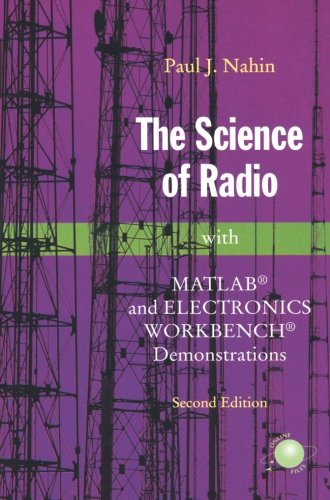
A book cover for The Science of Radio: With MATLAB and Electronics Workbench Demonstrations, 2nd Edition; Paul J. Nahin; Crafts, Hobbies & Home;